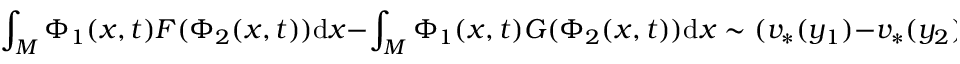
\int _ { M } \Phi _ { 1 } ( x , t ) F ( \Phi _ { 2 } ( x , t ) ) \mathrm { d } x - \int _ { M } \Phi _ { 1 } ( x , t ) G ( \Phi _ { 2 } ( x , t ) ) \mathrm { d } x \sim ( v _ { * } ( y _ { 1 } ) - v _ { * } ( y _ { 2 } ) ) t